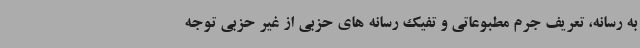
به رسانه، تعریف جرم مطبوعاتی و تفیک رسانه های حزبی از غیر حزبی توجه